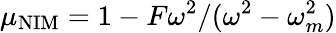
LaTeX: \mu_{\mathrm{NIM}}=1-F\omega^{2}/(\omega^{2}-\omega_{m}^{2})